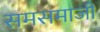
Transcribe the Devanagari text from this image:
समसमाजी